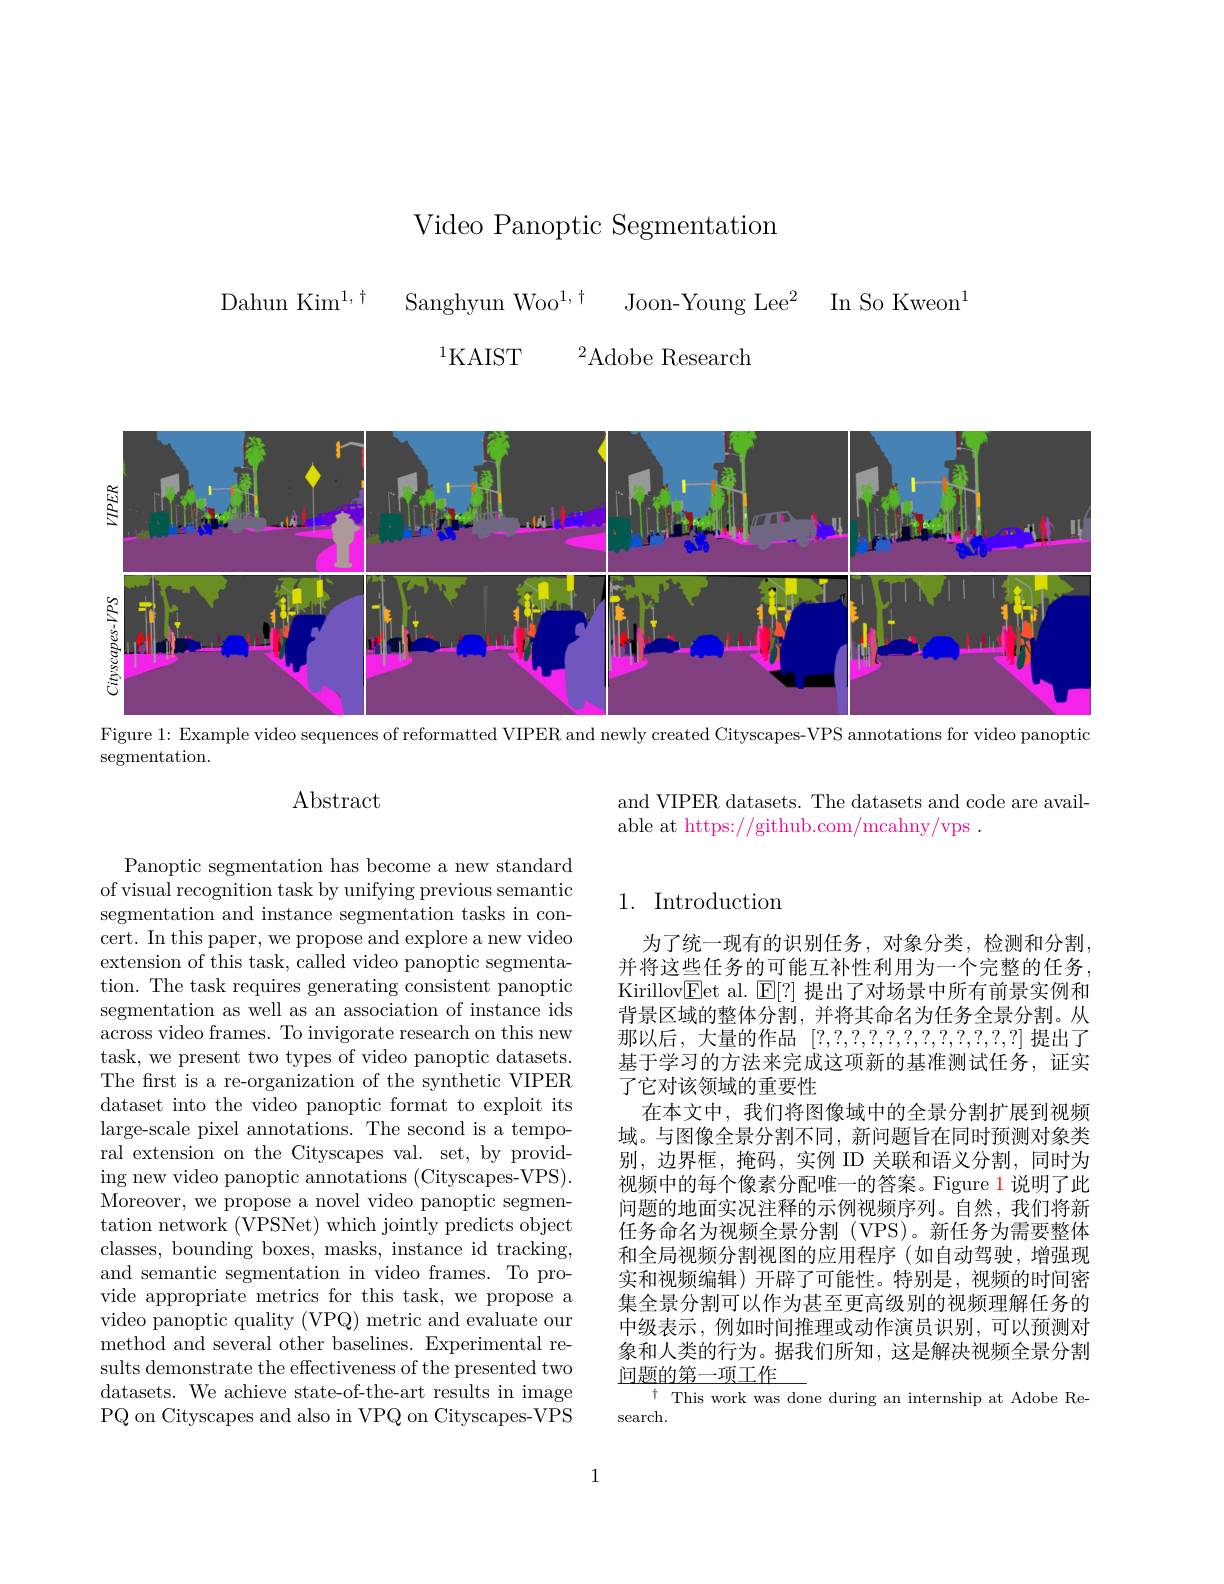
Video Panoptic Segmentation
Dahun Kim$^{1, \dagger }$ Sanghyun Woo$^{1, \dagger }$ Joon-Young Lee$^2$ In So Kweon$^{1}$
$^{1}$KAIST
${}^{2}$Adobe Research

<FigureHere>
Figure 1: Example video sequences of reformatted VIPER and newly created Cityscapes-*** annotations for video panoptic

$\bar{\text{segmentation}}.$

## Abstract

and VIPER datasets. The datasets and code are avail-
able at https://github.com/mcahny/vps .

## 1. Introduction

Panoptic segmentation has become a new standard of visual recognition task by unifying previous semantic segmentation and instance segmentation tasks in concert. In this paper, we propose and explore a new video extension of this task, called video panoptic segmentation. The task requires generating consistent panoptic segmentation as well as an association of instance ids across video frames. To invigorate research on this new task, we present two types of video panoptic datasets. The first is a re-organization of the synthetic VIPER dataset into the video panoptic format to exploit its large-scale pixel annotations. The second is a temporal extension on the Cityscapes val. set, by providing new video panoptic annotations (Cityscapes-***). Moreover, we propose a novel video panoptic segmentation network (***Net) which jointly predicts object classes, bounding boxes, masks, instance id tracking, and semantic segmentation in video frames. To provide appropriate metrics for this task, we propose a video panoptic quality (VPQ) metric and evaluate our method and several other baselines. Experimental results demonstrate the effectiveness of the presented two datasets. We achieve state-of-the-art results in image PQ on Cityscapes and also in VPQ on Cityscapes-***

为了统一现有的识别任务，对象分类，检测和分割， 并将这些任务的可能互补性利用为一个完整的任务， Kirillov$\underline{\mathrm{E}}$et al. $\underline{\mathrm{E}}[?]$提出了对场景中所有前景实例和背景区域的整体分割，并将其命名为任务全景分割。从那以后，大量的作品[?,?,?,?,?,?,?,?,?,?,?]提出了基于学习的方法来完成这项新的基准测试任务，证实了它对该领域的重要性
在本文中，我们将图像域中的全景分割扩展到视频域。与图像全景分割不同，新问题旨在同时预测对象类别，边界框，掩码，实例 ID 关联和语义分割，同时为视频中的每个像素分配唯一的答案。Figure 1说明了此问题的地面实况注释的示例视频序列。自然，我们将新任务命名为视频全景分割(***)。新任务为需要整体和全局视频分割视图的应用程序(如自动驾驶，增强现实和视频编辑)开辟了可能性。特别是，视频的时间密集全景分割可以作为甚至更高级别的视频理解任务的中级表示，例如时间推理或动作演员识别，可以预测对象和人类的行为。据我们所知，这是解决视频全景分割问题的第一项工作
This work was done during an internship at Adobe Re-
search.

1